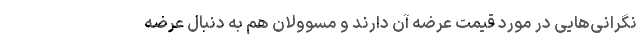
نگرانی‌هایی در مورد قیمت عرضه آن دارند و مسوولان هم به دنبال عرضه